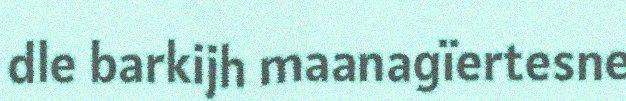
dle barkijh maanagïertesne